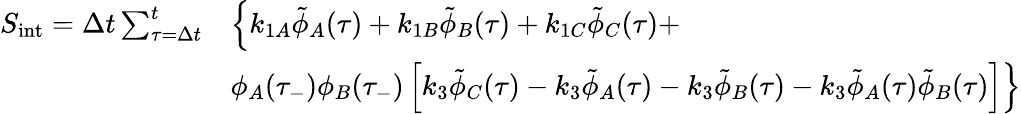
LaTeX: \begin{array}{rl}{S_{\mathrm{int}}=\Delta t\sum_{\tau=\Delta t}^{t}}&{\left\lbrace k_{1A}\tilde{\phi}_{A}(\tau)+k_{1B}\tilde{\phi}_{B}(\tau)+k_{1C}\tilde{\phi}_{C}(\tau)+\right.}\\ &{\left.\phi_{A}(\tau_{-})\phi_{B}(\tau_{-})\left[k_{3}\tilde{\phi}_{C}(\tau)-k_{3}\tilde{\phi}_{A}(\tau)-k_{3}\tilde{\phi}_{B}(\tau)-k_{3}\tilde{\phi}_{A}(\tau)\tilde{\phi}_{B}(\tau)\right]\right\rbrace}\end{array}